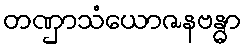
တဏှာသံယောဇနဗန္ဓာ